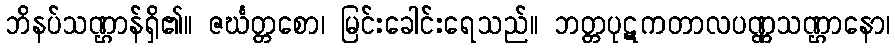
ဘိနပ်သဏ္ဌာန်ရှိ၏။ ဇင်္ဃတ္တစော၊ မြင်းခေါင်းရေသည်။ ဘတ္တပုဋကတာလပဏ္ဏသဏ္ဌာနော၊